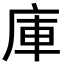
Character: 庫